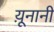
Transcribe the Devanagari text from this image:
य़ूनानी